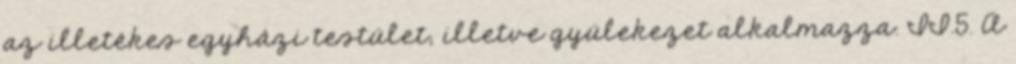
az illetékes egyházi testület; illetve gyülekezet alkalmazza. II.5. A